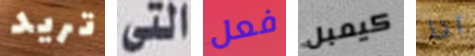
تريد التى فعل كيمبل انا